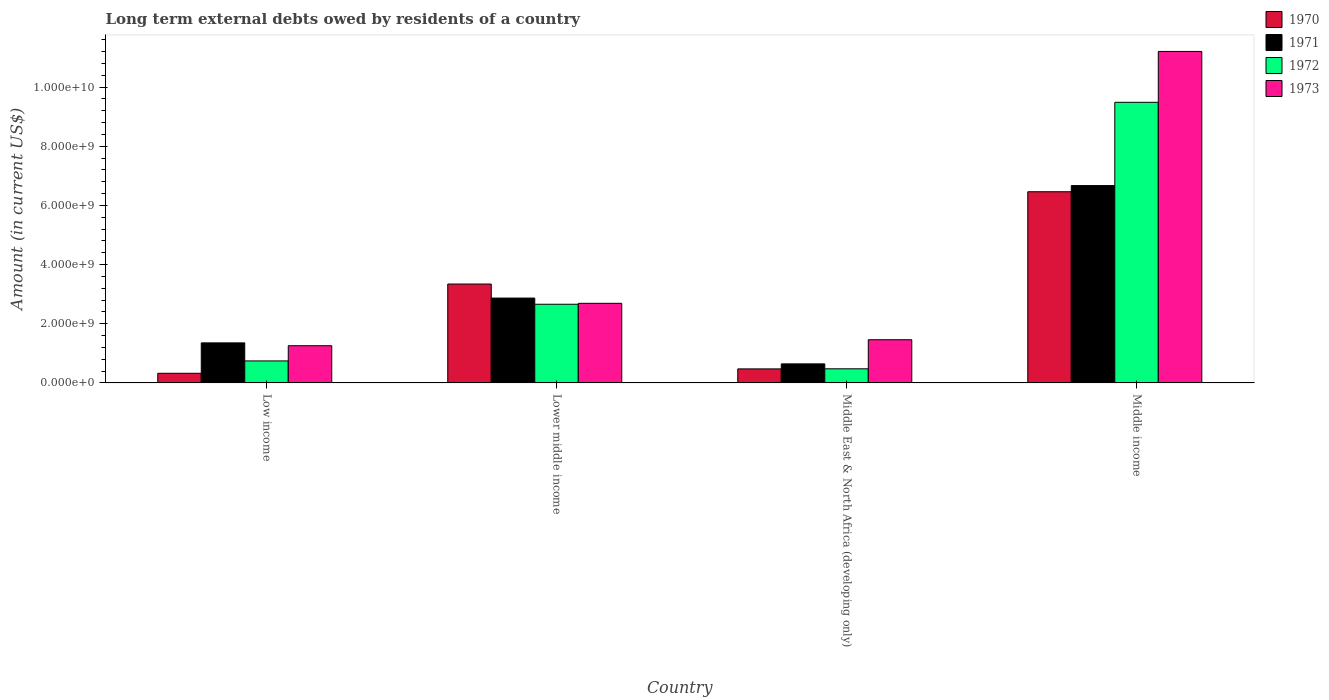
| Country | 1970 | 1971 | 1972 | 1973 |
 | --- | --- | --- | --- | --- |
 | Low income | 3.26e+08 | 1.35e+09 | 7.44e+08 | 1.26e+09 |
 | Lower middle income | 3.34e+09 | 2.87e+09 | 2.66e+09 | 2.69e+09 |
 | Middle East & North Africa (developing only) | 4.75e+08 | 6.44e+08 | 4.78e+08 | 1.46e+09 |
 | Middle income | 6.46e+09 | 6.67e+09 | 9.48e+09 | 1.12e+10 |